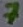
Text: 7